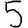
Digit: 5